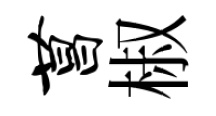
菖椒